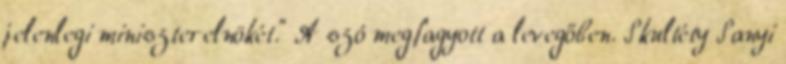
jelenlegi miniszterelnökét.” A szó megfagyott a levegőben. Skultéty Sanyi